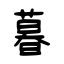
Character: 暮